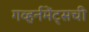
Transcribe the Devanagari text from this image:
गव्हर्नमेंट्सची